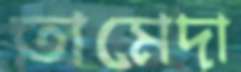
তামেদা